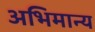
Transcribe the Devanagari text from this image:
अभिमान्य